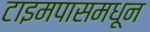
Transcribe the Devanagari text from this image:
टाइमपासमधून